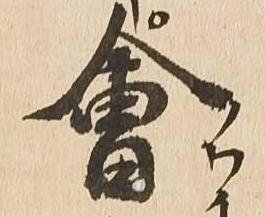
会